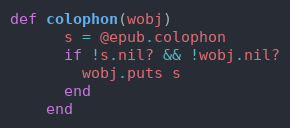
Language: Ruby
def colophon(wobj)
      s = @epub.colophon
      if !s.nil? && !wobj.nil?
        wobj.puts s
      end
    end